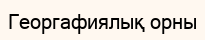
Георгафиялық орны